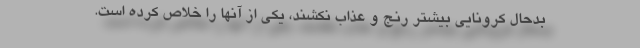
بدحال کرونایی بیشتر رنج و عذاب نکشند، یکی از آنها را خلاص کرده است.